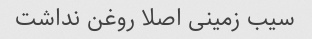
سیب زمینی اصلا روغن نداشت